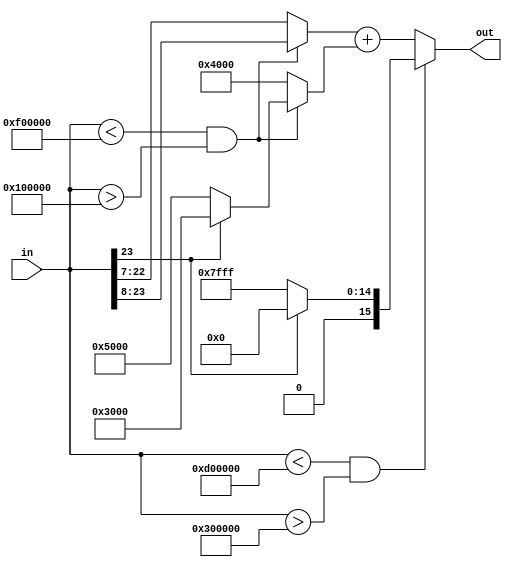
//Sigmoid function approach using partial linearization
//with 3 gradient value 0,1/4, and 1/8
module actifunction(
  input [23:0] in,
  output [15:0] out
);
  wire [15:0] outmux0, outmux1, outmux2, outmux3;
  wire [15:0] result;
  wire slc0, slc1, slc4; //slc12=slc1 ; slc3 = slc0
  
  //Mulltiplexers
  //mux0 : Constant selector  y1 = 0.375 or y3 = 0.625
  assign outmux0 = slc0 ? 16'h3000 : 16'h5000;
  //mux1 : Constant selector outmux1 = c (outmux0 or 0.5)
  assign outmux1 = slc1 ? outmux0 : 16'h4000;
  //mux2 : Gradien selector mx (x/8) or (x/4) 
  assign outmux2 = slc1 ? in[23:8] : in[22:7];
  //mux3 : Saturation selector (0 or 1)
  assign outmux3 = slc0 ? 16'h0 : 16'h7FFF;
  //mux4 : Output selector
  assign out = slc4 ? outmux3 : result;
  
  //Select wire assignment
  assign slc0 = in[23];                           // slc0 : 1 if negative
  assign slc1 = (in<24'hF00000)&&(in>24'h100000); // slc1 = (in<-1.0)||(in>1.0)
  assign slc4 = (in<24'hD00000)&&(in>24'h300000); // slc4 = (in<-3.0)||(in>3.0)
  //adder to calculate output function
  assign result = outmux2 + outmux1; //mx + c
endmodule